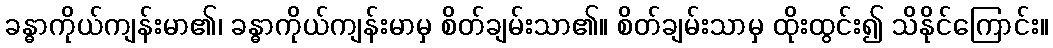
ခန္ဓာကိုယ်ကျန်းမာ၏၊ ခန္ဓာကိုယ်ကျန်းမာမှ စိတ်ချမ်းသာ၏။ စိတ်ချမ်းသာမှ ထိုးထွင်း၍ သိနိုင်ကြောင်း။